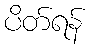
ပိတ်ရန်